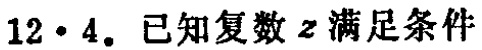
$12\cdot4.$已知复数$z$满足条件